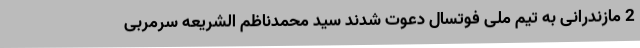
2 مازندرانی به تیم ملی فوتسال دعوت شدند سید محمدناظم ‌الشریعه سرمربی